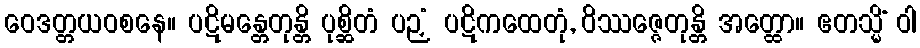
ဝေဒတ္တယဝစနေ။ ပဋိမန္တေတုန္တိ ပုစ္ဆိတံ ပဉှံ ပဋိကထေတုံ, ဝိဿဇ္ဇေတုန္တိ အတ္ထော။ ဧတသ္မိံ ဝါ